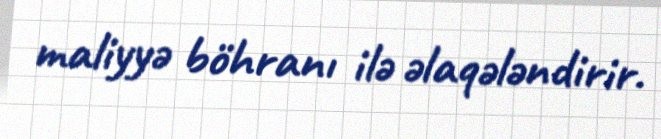
maliyyə böhranı ilə əlaqələndirir.